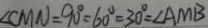
\angle C M N = 9 0 ^ { \circ } = 6 0 ^ { \circ } = 3 0 ^ { \circ } = \angle A M B